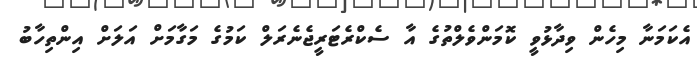
އެކަމަނާ މިހެން ވިދާޅުވީ ކޮމަންވެލްތުގެ އާ ސެކްރެޓަރީޖެނެރަލް ކަމުގެ މަގާމަށް އަލަށް އިންތިހާބު